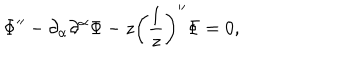
\Phi ^ { \prime \prime } - \partial _ { \alpha } \partial ^ { \alpha } \Phi - z \biggl ( \frac { 1 } { z } \biggr ) ^ { \prime \prime } \Phi = 0 ,